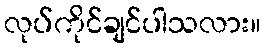
လုပ်ကိုင်ချင်ပါသလား။